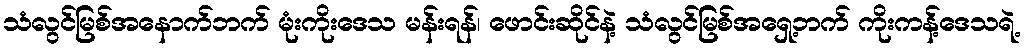
သံလွင်မြစ်အနောက်ဘက် မုံးကိုးဒေသ မန်းရန်၊ ဖောင်းဆိုင်နဲ့ သံလွင်မြစ်အရှေ့ဘက် ကိုးကန့်ဒေသရဲ့